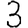
Digit: 3